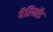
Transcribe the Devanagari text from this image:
पैरिनॉड